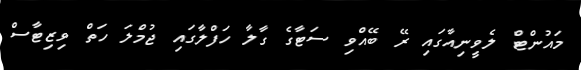
މައުންޓް ލެވީނިއާގައި ރޭ ބޭއްވި ސަޓާގެ ގާލާ ހަފްލާގައި ޖުމްލަ ހަތް ވިޒިޓާސް